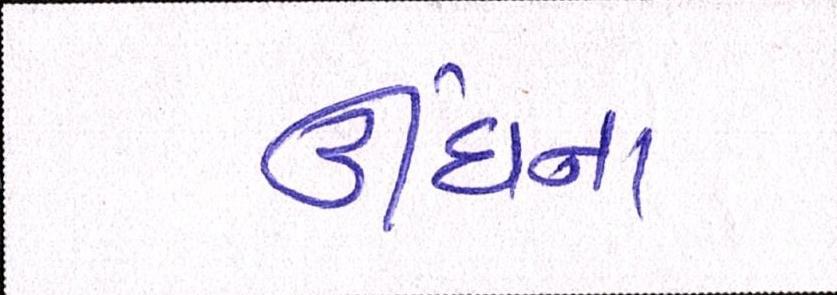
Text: ઊંઘના